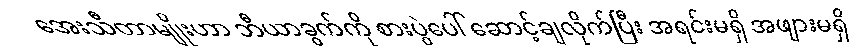
အေးသီတာမျိုးဟာ ဘီယာခွက်ကို စားပွဲပေါ် ဆောင့်ချလိုက်ပြီး အရင်းမရှိ အဖျားမရှိ